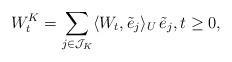
LaTeX: \begin{align*} W_t^K = \sum_{j\in\mathcal{J}_K} \langle W_t, \tilde{e}_j \rangle_U \, \tilde{e}_j , t\geq 0,\end{align*}